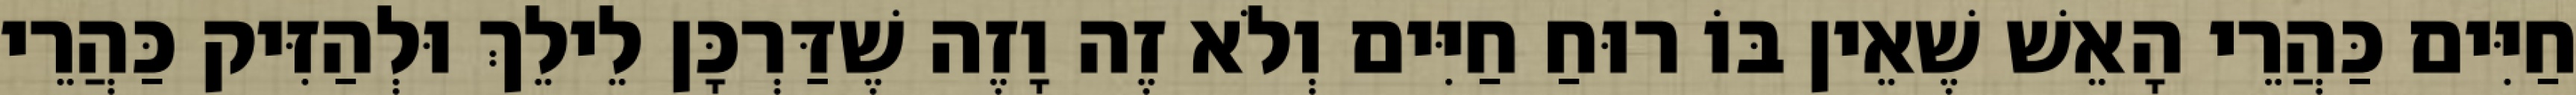
חַיִּים כַּהֲרֵי הָאֵשׁ שֶׁאֵין בּוֹ רוּחַ חַיִּים וְלֹא זֶה וָזֶה שֶׁדַּרְכָּן לֵילֵךְ וּלְהַזִּיק כַּהֲרֵי